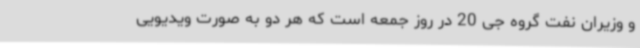
و وزیران نفت گروه جی 20 در روز جمعه است که هر دو به صورت ویدیویی